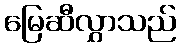
မြေဆီလွှာသည်